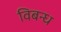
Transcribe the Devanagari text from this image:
विबन्ध